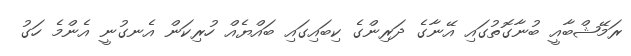
ރަމޭޝްބާއީ ބުނާގޮތުގައި އޭނާގެ ދަރިންގެ ކިބައިގައި ބައްޔެއް ހުރިކަން އެނގުނީ އެންމެ ހަގު